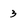
Character: 3